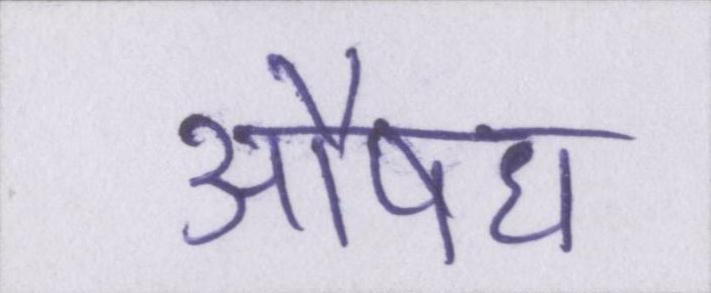
औषध